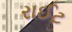
રાઈટ